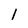
Character: 1